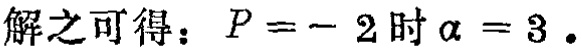
解之可得：$P = - 2$时$\alpha = 3$。